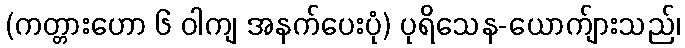
(ကတ္တားဟော ၆ ဝါကျ အနက်ပေးပုံ) ပုရိသေန-ယောက်ျားသည်၊